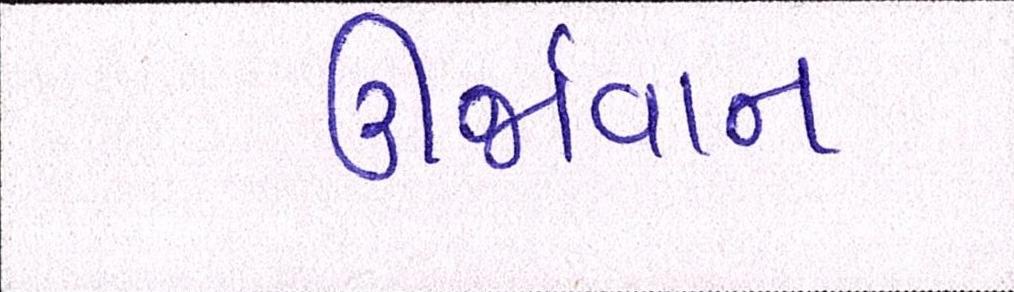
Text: ઊર્જાવાન